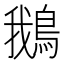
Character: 鵝